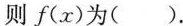
则$$f(x)$$为( )。